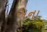
સના